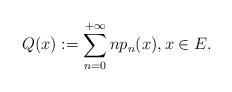
LaTeX: \begin{align*}Q(x):=\sum_{n=0}^{+\infty}np_{n}(x),x\in E.\end{align*}